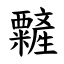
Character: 䊲